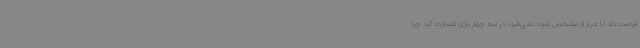
فرصت داد تا عیار او مشخص شود. نمی‌شود در سه چهار بازی قضاوت کرد چرا